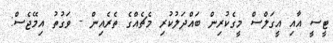
ޓީސީ އާއި އީގަލްސް މީގެކުރިން ބައްދަލުކުރި މެޗެއްގެ ތެރެއިން - ވަގުތު އިމޭޖެސް: